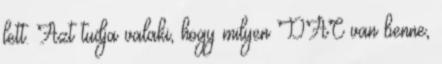
lett. Azt tudja valaki, hogy milyen DAC van benne,